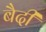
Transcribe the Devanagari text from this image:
बैदी